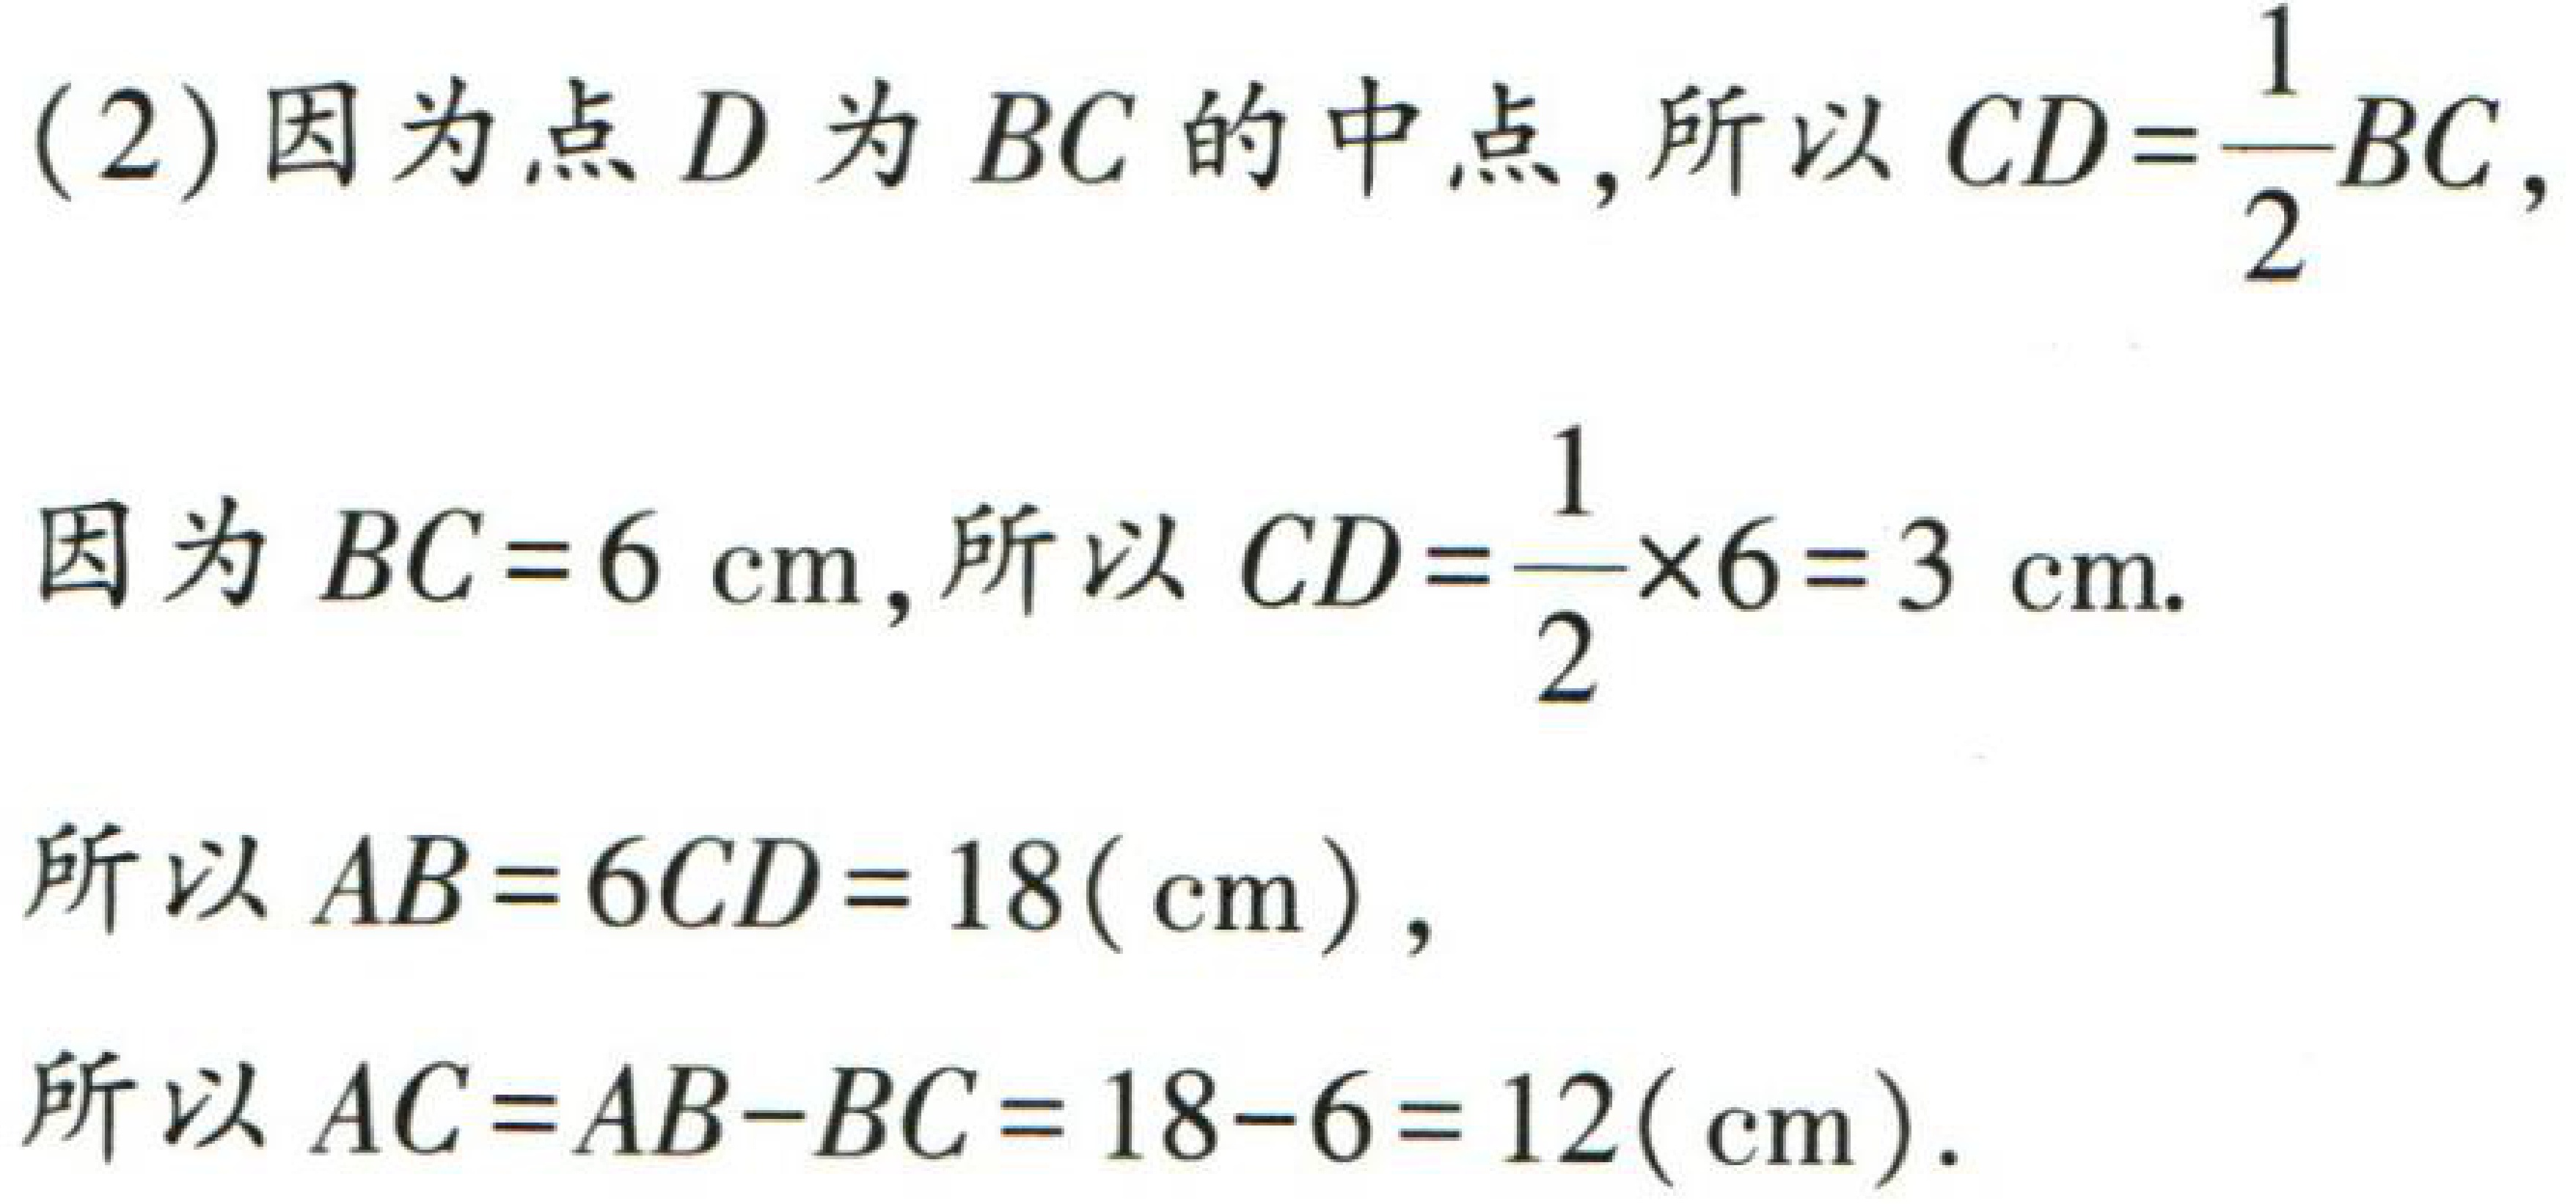
(2)因为点\(D\)为\(BC\)的中点,所以\(CD = \frac{1}{2}BC\),

因为\(BC = 6\mathrm{cm}\),所以\(CD=\frac{1}{2}\times6 = 3\mathrm{cm}\).

所以\(AB = 6CD = 18(\mathrm{cm})\),

所以\(AC = AB - BC = 18 - 6 = 12(\mathrm{cm})\).